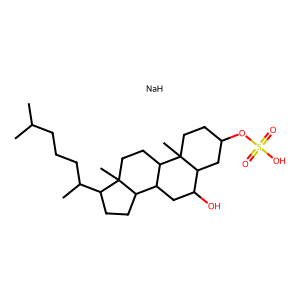
SMILES: CC(C)CCCC(C)C1CCC2C3CC(O)C4CC(OS(=O)(=O)O)CCC4(C)C3CCC12C.[NaH]
Inhibits HIV replication: No